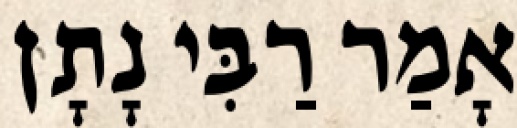
אָמַר רַבִּי נָתָן